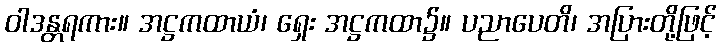
ဝါဒန္တရကား။ အဋ္ဌကထာယံ၊ ရှေး အဋ္ဌကထာ၌။ ပညာပေတိ၊ အပြားတို့ဖြင့်